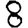
Digit: 8